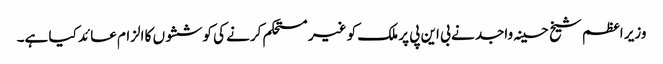
وزیر اعظم شیخ حسینہ واجد نے بی این پی پر ملک کو غیر مستحکم کرنے کی کوششوں کا الزام عائد کیا ہے۔